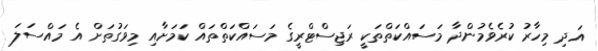
އަދި މިހާރު ކުރެވެމުންދާ މަސައްކަތްތަކީ ރަޖިސްޓްރީގެ މަސައްކަތްތައް ކަމަށާއި މިވަގުތަށް އެ މައްސަލަ